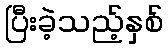
ပြီးခဲ့သည့်နှစ်